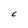
Character: C